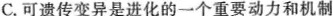
C.可遗传变异是进化的一个重要动力和机制